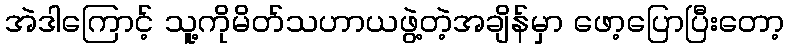
အဲဒါကြောင့် သူ့ကိုမိတ်သဟာယဖွဲ့တဲ့အချိန်မှာ ဖော့ပြောပြီးတော့